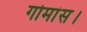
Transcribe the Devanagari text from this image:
गोमांस।